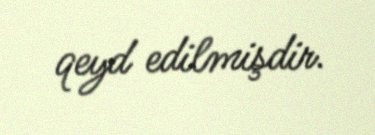
qeyd edilmişdir.